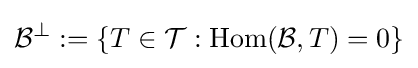
{\mathcal {B}}^{\perp }:=\{T\in {\mathcal {T}}:\operatorname {Hom} ({\mathcal {B}},T)=0\}